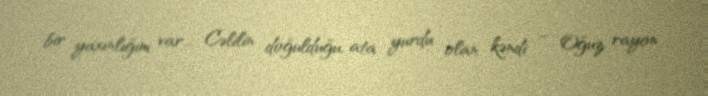
bir yaxınlığım var... Cəlilin doğulduğu, ata yurdu olan kəndi – Oğuz rayon